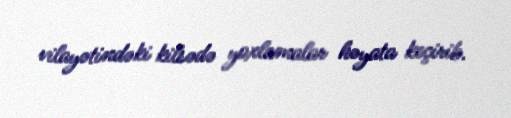
vilayətindəki kilsədə yoxlamalar həyata keçirib.